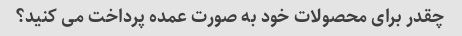
چقدر برای محصولات خود به صورت عمده پرداخت می کنید؟